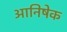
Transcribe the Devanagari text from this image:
आनिषेक